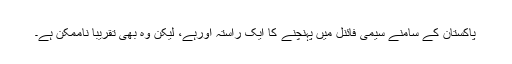
پاکستان کے سامنے سیمی فائنل میں پہنچنے کا ایک راستہ اورہے، لیکن وہ بھی تقریباً ناممکن ہے۔